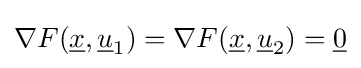
{\mathcal {r}}F({\underline {x}},{\underline {u}}_{1})={\mathcal {r}}F({\underline {x}},{\underline {u}}_{2})={\underline {0}}